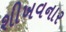
શીખવનાર